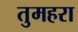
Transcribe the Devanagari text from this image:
तुमहरा